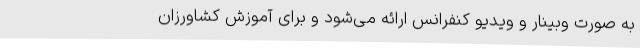
به صورت وبینار و ویدیو کنفرانس ارائه می‌شود و برای آموزش کشاورزان